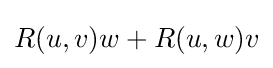
R(u,v)w+R(u,w)v